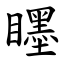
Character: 䁼